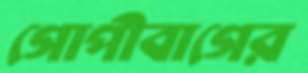
গোপীবাগের